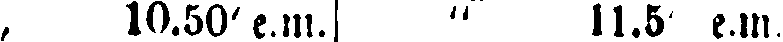
„ 10.50' e.m. | " 11.5 e.m.